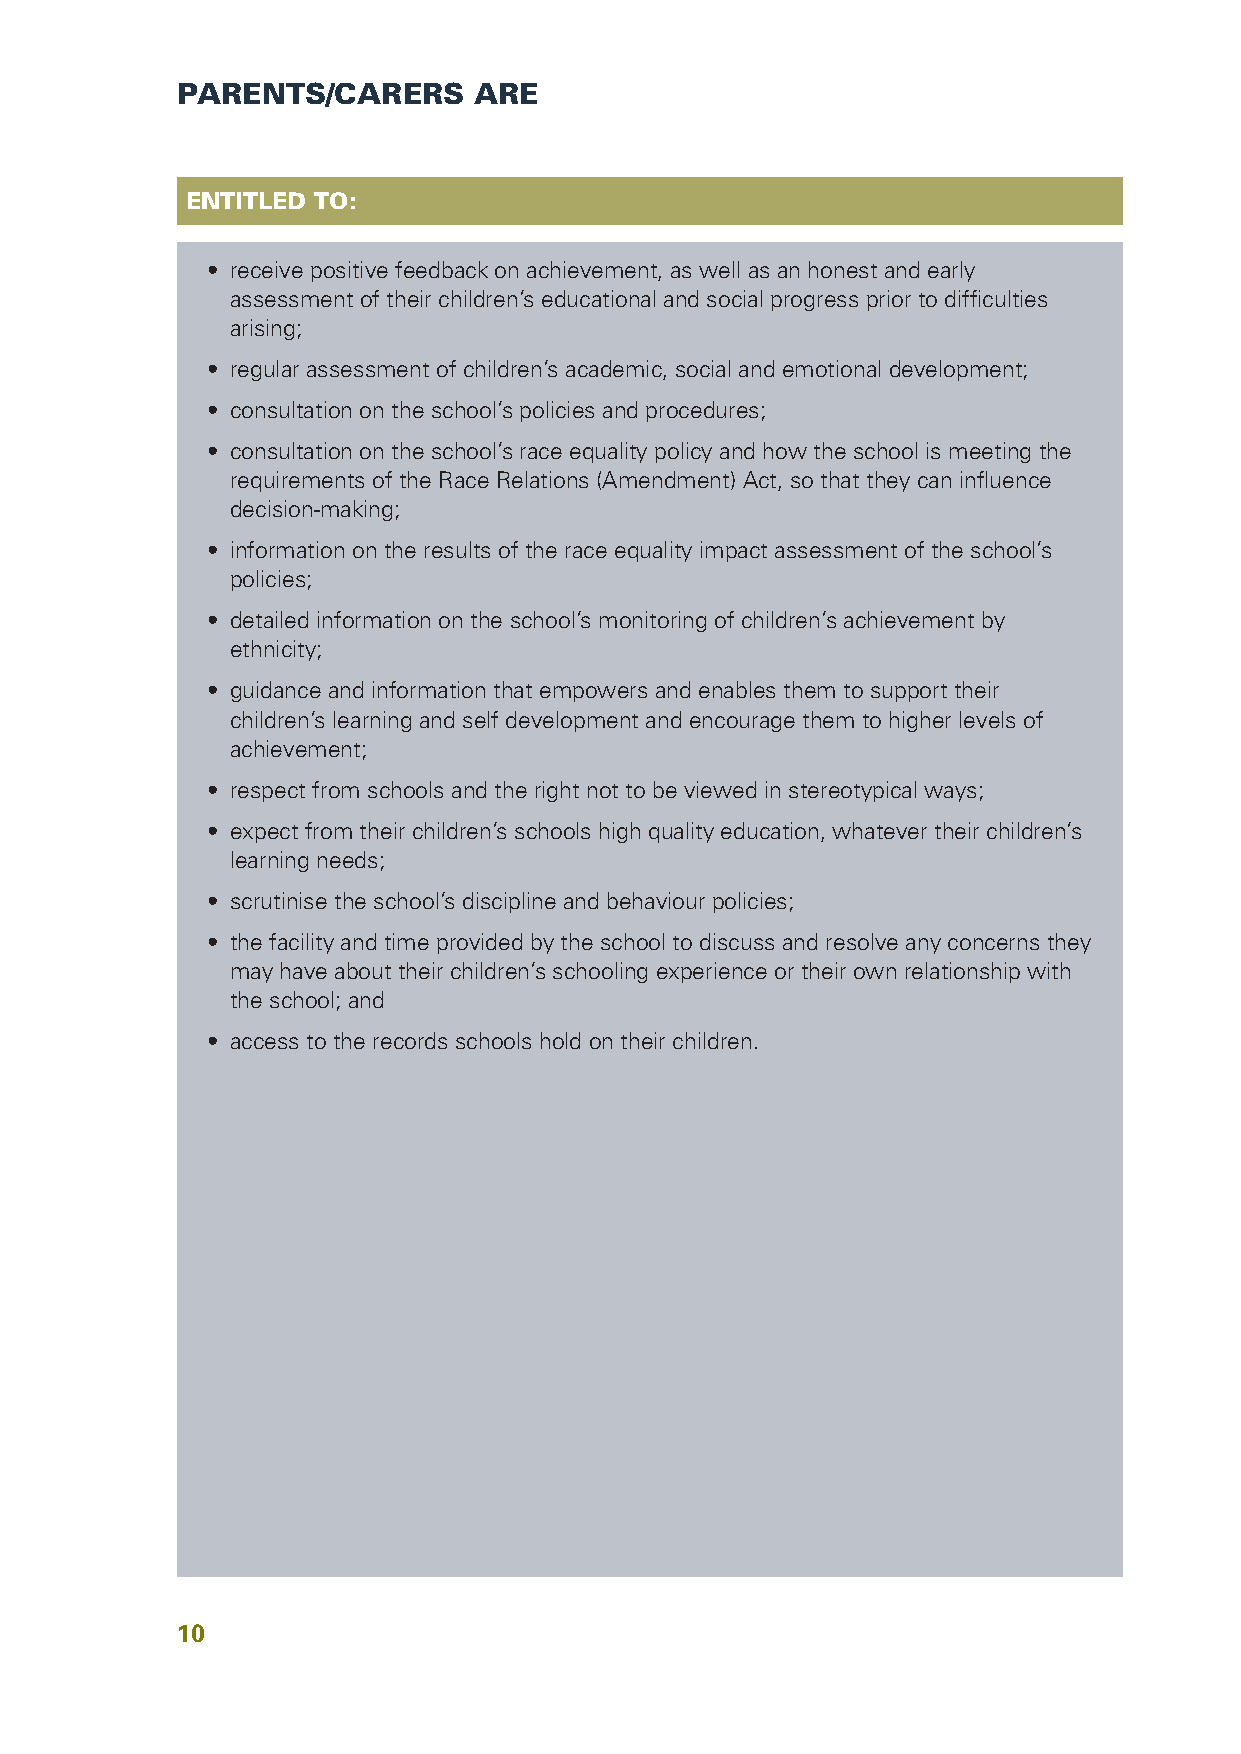
PARENTS/CARERS     ARE
 ENTITLED TO:
 • receive positive feedback on achievement, as well as an honest and early
 assessment of their children’s educational and social progress prior to difficulties
 arising;
 • regular assessment of children’s academic, social and emotional development;
 • consultation on the school’s policies and procedures;
 • consultation on the school’s race equality policy and how the school is meeting the
 requirements of the Race Relations (Amendment) Act, so that they can influence
 decision-making;
 • information on the results of the race equality impact assessment of the school’s
 policies;
 • detailed information on the school’s monitoring of children’s achievement by
 ethnicity;
 • guidance and information that empowers and enables them to support their
 children’s learning and self development and encourage them to higher levels of
 achievement;
 • respect from schools and the right not to be viewed in stereotypical ways;
 • expect from their children’s schools high quality education, whatever their children’s
 learning needs;
 • scrutinise the school’s discipline and behaviour policies;
 • the facility and time provided by the school to discuss and resolve any concerns they
 may have about their children’s schooling experience or their own relationship with
 the school; and
 • access to the records schools hold on their children.
 10